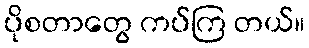
ပိုစတာတွေ ကပ်ကြ တယ်။